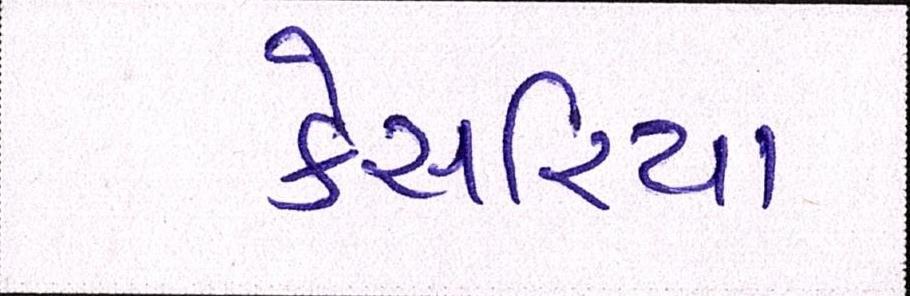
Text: કેસરિયા